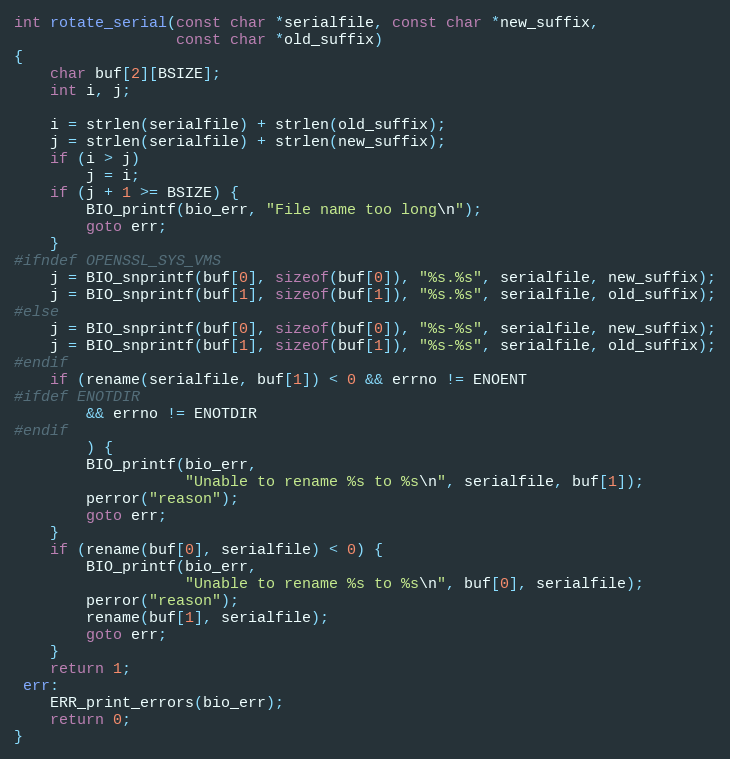
Language: C
int rotate_serial(const char *serialfile, const char *new_suffix,
                  const char *old_suffix)
{
    char buf[2][BSIZE];
    int i, j;

    i = strlen(serialfile) + strlen(old_suffix);
    j = strlen(serialfile) + strlen(new_suffix);
    if (i > j)
        j = i;
    if (j + 1 >= BSIZE) {
        BIO_printf(bio_err, "File name too long\n");
        goto err;
    }
#ifndef OPENSSL_SYS_VMS
    j = BIO_snprintf(buf[0], sizeof(buf[0]), "%s.%s", serialfile, new_suffix);
    j = BIO_snprintf(buf[1], sizeof(buf[1]), "%s.%s", serialfile, old_suffix);
#else
    j = BIO_snprintf(buf[0], sizeof(buf[0]), "%s-%s", serialfile, new_suffix);
    j = BIO_snprintf(buf[1], sizeof(buf[1]), "%s-%s", serialfile, old_suffix);
#endif
    if (rename(serialfile, buf[1]) < 0 && errno != ENOENT
#ifdef ENOTDIR
        && errno != ENOTDIR
#endif
        ) {
        BIO_printf(bio_err,
                   "Unable to rename %s to %s\n", serialfile, buf[1]);
        perror("reason");
        goto err;
    }
    if (rename(buf[0], serialfile) < 0) {
        BIO_printf(bio_err,
                   "Unable to rename %s to %s\n", buf[0], serialfile);
        perror("reason");
        rename(buf[1], serialfile);
        goto err;
    }
    return 1;
 err:
    ERR_print_errors(bio_err);
    return 0;
}